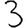
Digit: 3